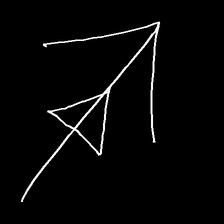
Glyph: pull